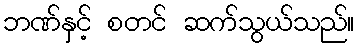
ဘဏ်နှင့် စတင် ဆက်သွယ်သည်။